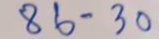
86 - 30